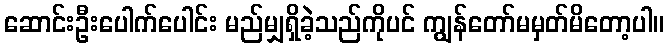
ဆောင်းဦးပေါက်ပေါင်း မည်မျှရှိခဲ့သည်ကိုပင် ကျွန်တော်မမှတ်မိတော့ပါ။